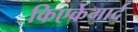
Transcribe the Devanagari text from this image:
किएर्केगार्द